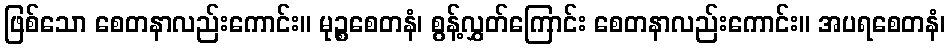
ဖြစ်သော စေတနာလည်းကောင်း။ မုဉ္စစေတနံ၊ စွန့်လွှတ်ကြောင်း စေတနာလည်းကောင်း။ အပရစေတနံ၊